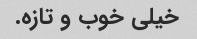
خیلی خوب و تازه.